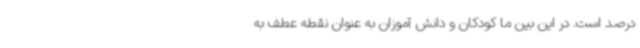
درصد است. در این بین ما کودکان و دانش آموزان به عنوان نقطه عطف به